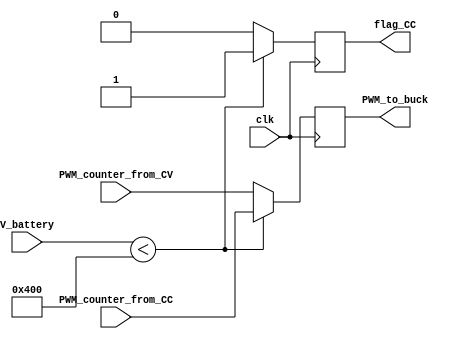
module CC_or_CV_selector(clk,V_battery,PWM_to_buck,PWM_counter_from_CC,PWM_counter_from_CV,flag_CC);
//inout
input [11:0] V_battery;
input clk;
input [9:0]PWM_counter_from_CC;
input [9:0]PWM_counter_from_CV;
output reg [9:0] PWM_to_buck;
output reg flag_CC;

//parameter
parameter V_4=12'd1024;
always @(posedge clk )
begin
    if(V_battery<V_4)
    begin
     PWM_to_buck=PWM_counter_from_CC;
     flag_CC=1'b1;
    end
    else
    begin 
      PWM_to_buck=PWM_counter_from_CV;
      flag_CC=1'b0;
    end  
end
endmodule